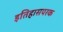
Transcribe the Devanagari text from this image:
इतिहासपरक